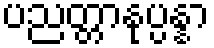
ပညတ္တာနုပ္ပန္နာ